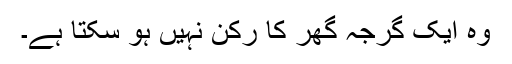
وہ ایک گرجہ گھر کا رُکن نہیں ہو سکتا ہے۔